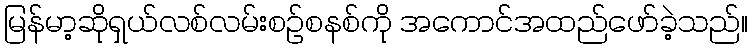
မြန်မာ့ဆိုရှယ်လစ်လမ်းစဉ်စနစ်ကို အကောင်အထည်ဖော်ခဲ့သည်။